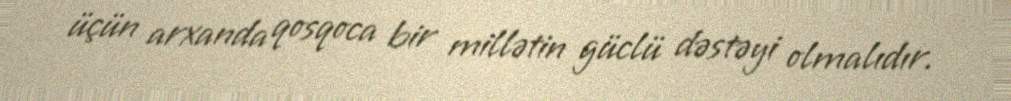
üçün arxanda qosqoca bir millətin güclü dəstəyi olmalıdır.